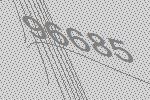
96685